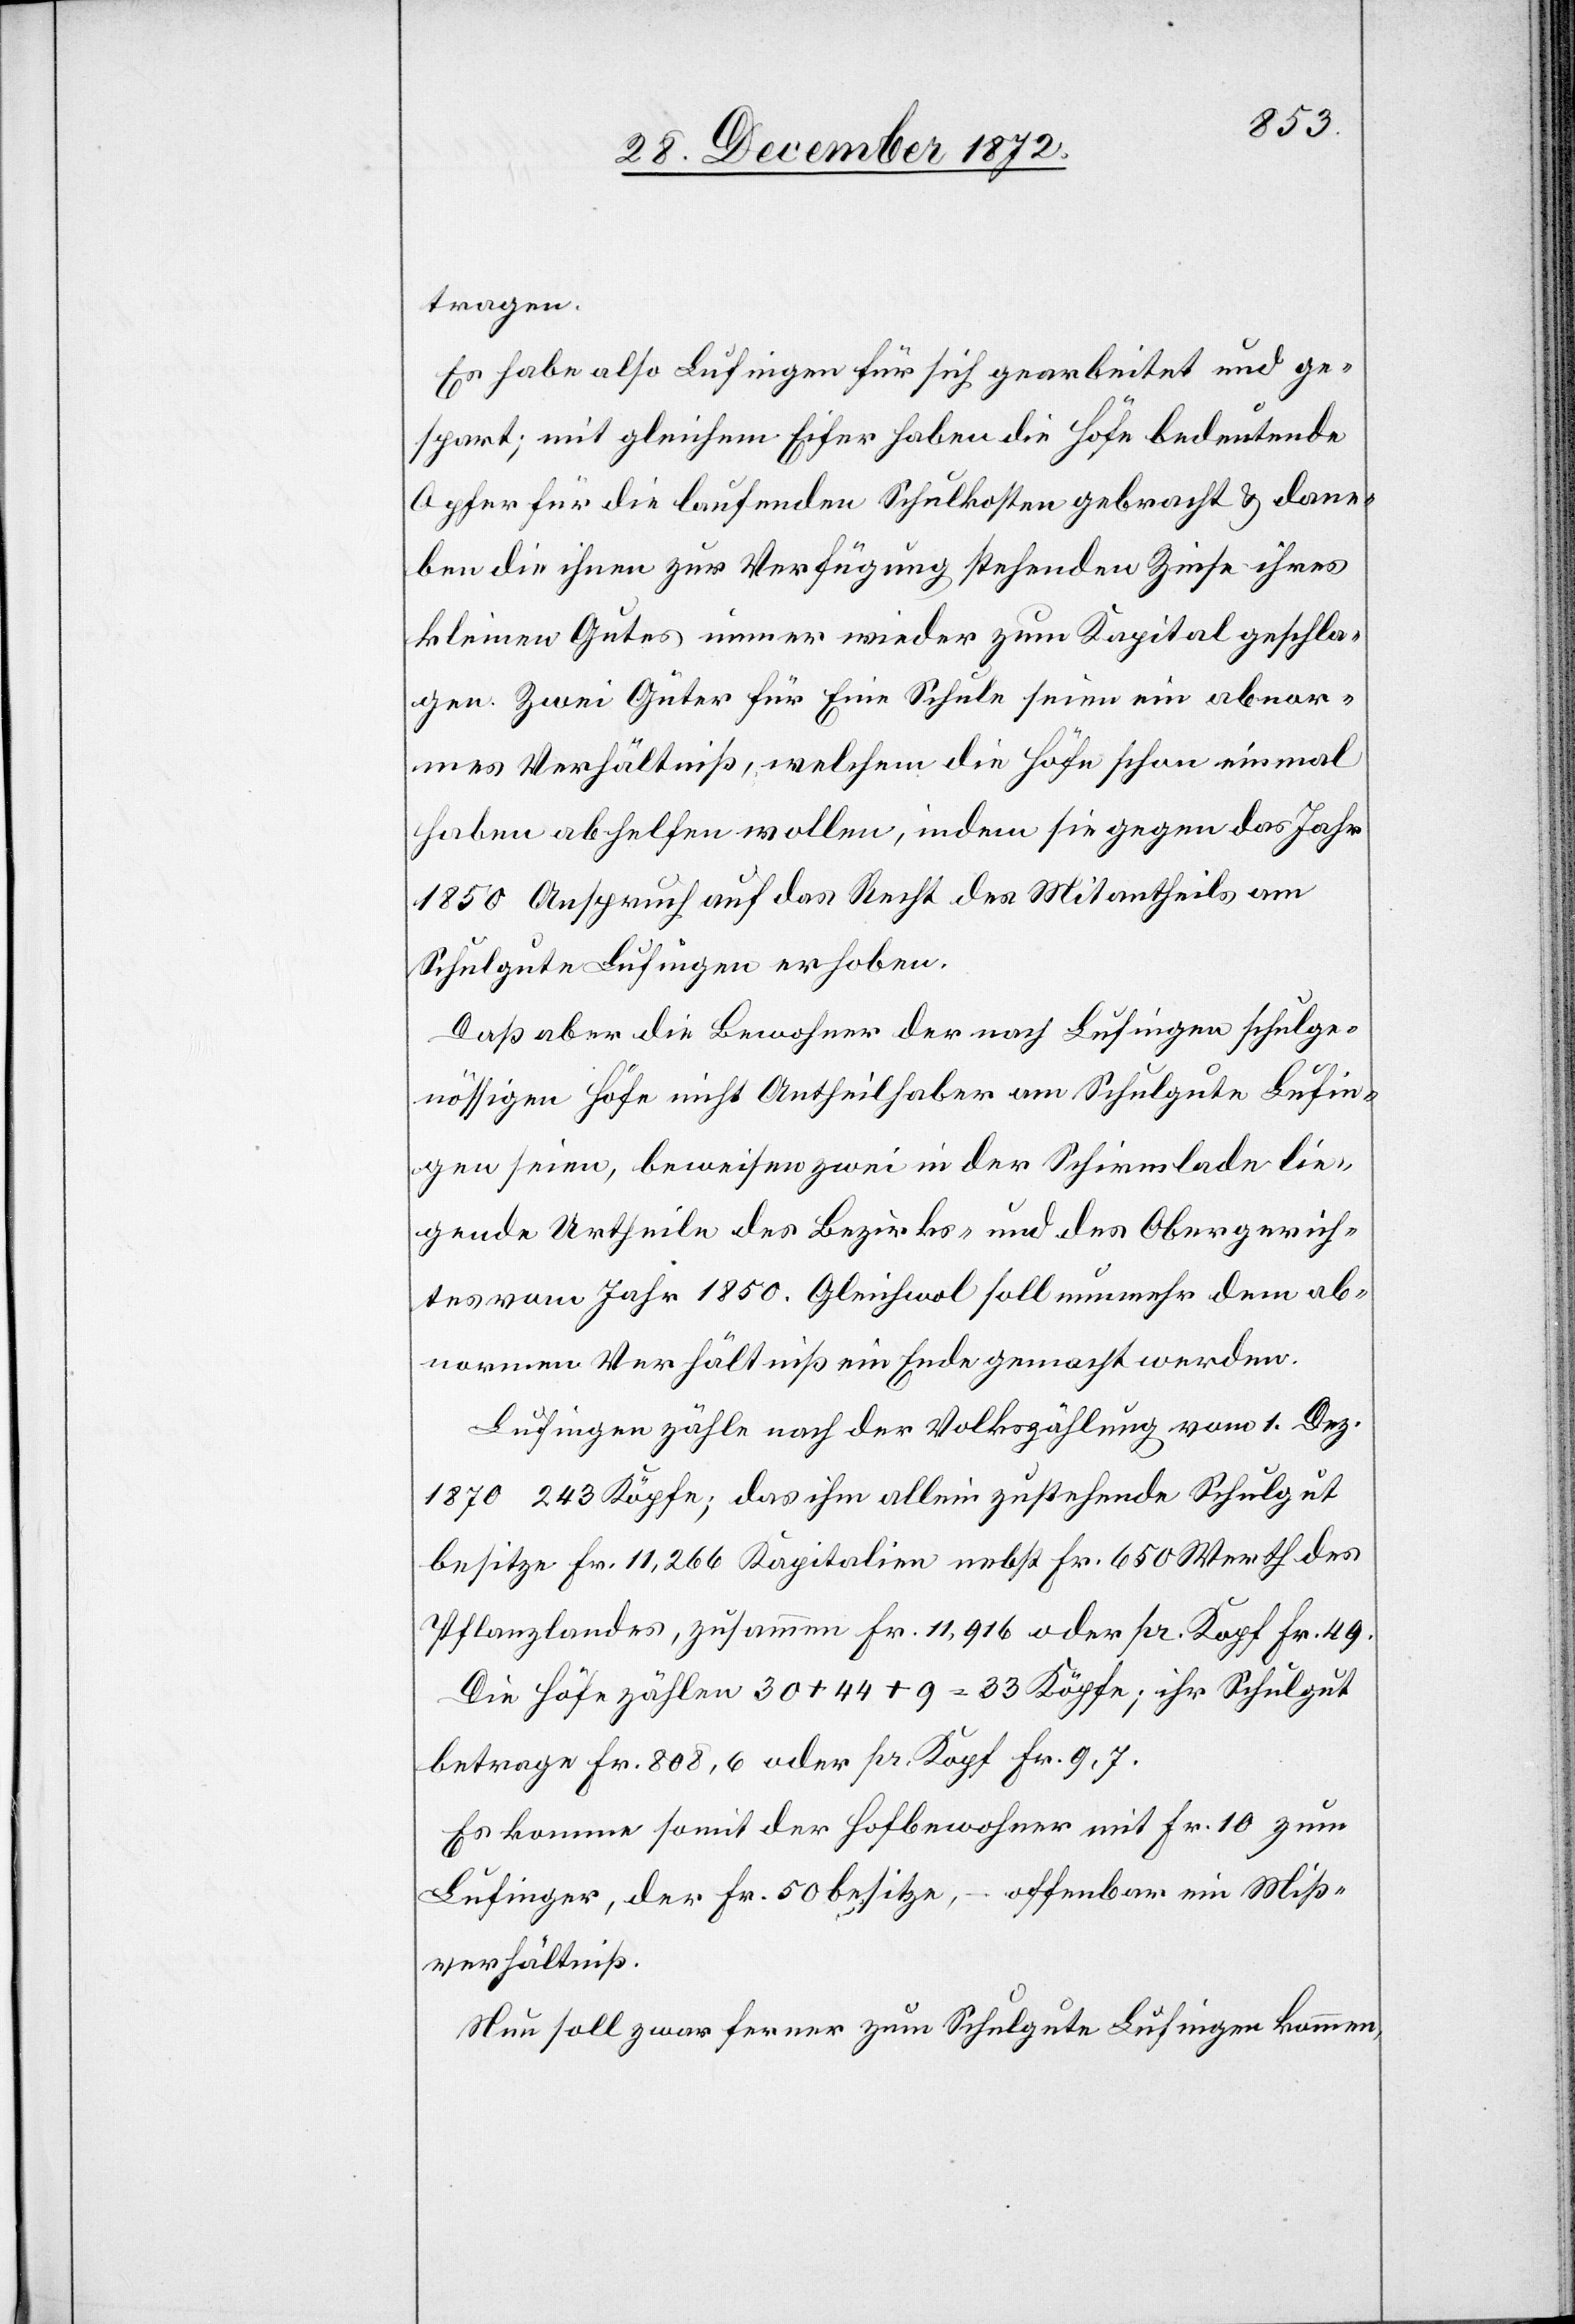
tragen.
Es habe also Lufingen für sich gearbeitet und ge¬
spart; mit gleichem Eifer haben die Höfe bedeutende
Opfer für die laufenden Schulkosten gebracht u. dane¬
ben die ihnen zur Verfügung stehenden Zinse ihres
kleinen Gutes immer wieder zum Kapital geschla¬
gen. Zwei Güter für eine Schule seien ein abnor¬
mes Verhältniß, welchem die Höfe schon einmal
haben abhelfen wollen, indem sie gegen das Jahr
1850 Anspruch auf das Recht des Mitantheils am
Schulgute Lufingen erhoben.
Daß aber die Bewohner der nach Lufingen schulge¬
nössigen Höfe nicht Antheilhaber am Schulgute Lufin¬
gen seien, beweisen zwei in der Schirmlade lie¬
gende Urtheile des Bezirks- und des Obergerich¬
tes vom Jahr 1850. Gleichwol soll nunmehr dem ab¬
normen Verhältniß ein Ende gemacht werden.
Lufingen zähle nach der Volkszählung vom 1. Dez.
1870 243 Köpfe; das ihm allein zustehende Schulgut
besitze Fr. 11,266 Kapitalien nebst Fr. 650 Werth des
Pflanzlandes, zusammen Fr. 11,916 oder pr. Kopf Fr. 49.
Die Höfe zählen 30 + 44 + 9 = 33 Köpfe; ihr Schulgut
betrage Fr. 808,6 oder pr. Kopf Fr. 9,7.
Es komme somit der Hofbewohner mit Fr. 10 zum
Lufinger, der Fr. 50 besitze, – offenbar ein Miß¬
verhältniß.
Nun soll zwar ferner zum Schulgute Lufingen kommen,